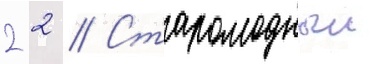
2 2 // Старомодныи